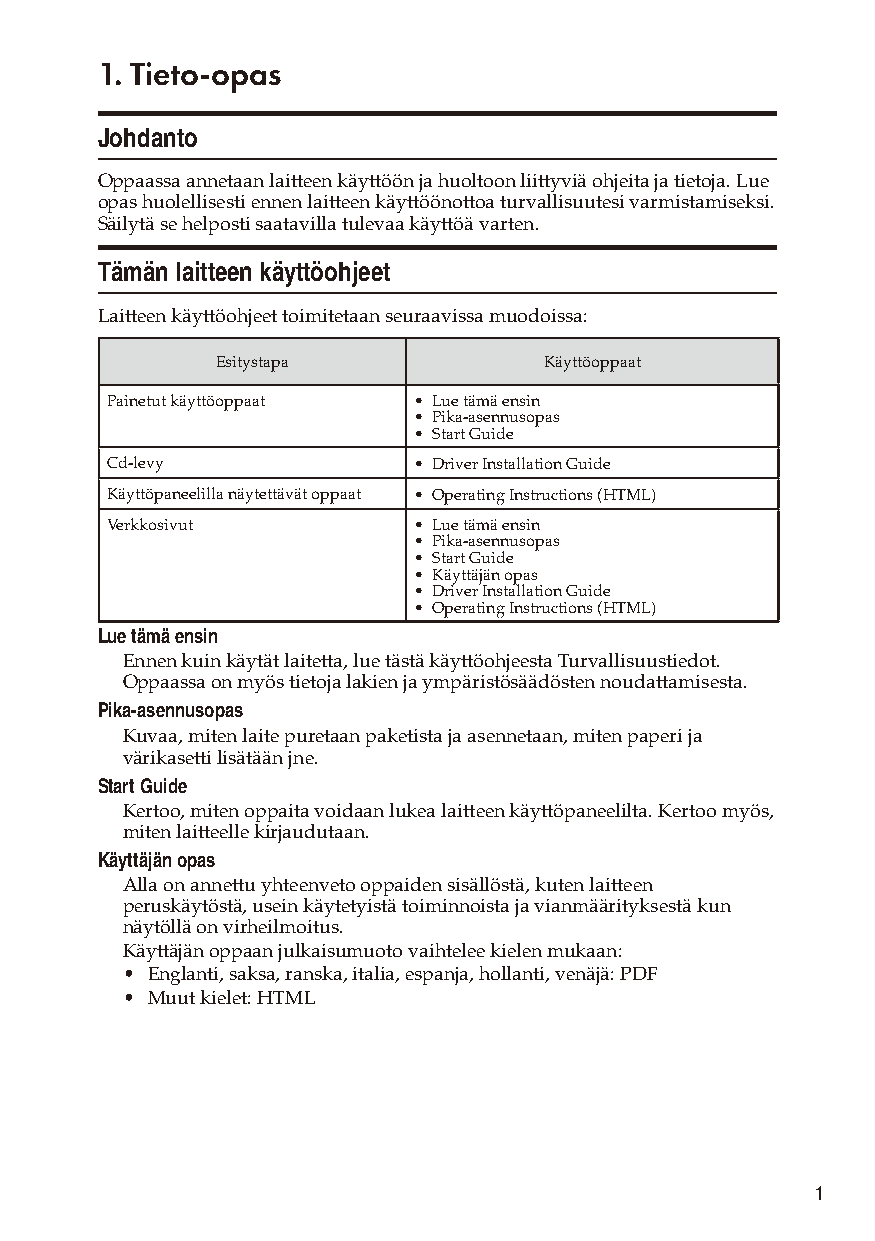
1. Tieto-opas
 Johdanto
 Oppaassa annetaan laitteen käyttöön ja huoltoon liittyviä ohjeita ja tietoja. Lue
 opas huolellisesti ennen laitteen käyttöönottoa turvallisuutesi varmistamiseksi.
 Säilytä se helposti saatavilla tulevaa käyttöä varten.
 Tämän laitteen käyttöohjeet
 Laitteen käyttöohjeet toimitetaan seuraavissa muodoissa:
 Esitystapa            Käyttöoppaat
 Painetut käyttöoppaat • Lue tämä ensin
 • Pika-asennusopas
 • Start Guide
 Cd-levy             • Driver Installation Guide
 Käyttöpaneelilla näytettävät oppaat • Operating Instructions (HTML)
 Verkkosivut         • Lue tämä ensin
 • Pika-asennusopas
 • Start Guide
 • Käyttäjän opas
 • Driver Installation Guide
 • Operating Instructions (HTML)
 Lue tämä ensin
 Ennen kuin käytät laitetta, lue tästä käyttöohjeesta Turvallisuustiedot.
 Oppaassa on myös tietoja lakien ja ympäristösäädösten noudattamisesta.
 Pika-asennusopas
 Kuvaa, miten laite puretaan paketista ja asennetaan, miten paperi ja
 värikasetti lisätään jne.
 Start Guide
 Kertoo, miten oppaita voidaan lukea laitteen käyttöpaneelilta. Kertoo myös,
 miten laitteelle kirjaudutaan.
 Käyttäjän opas
 Alla on annettu yhteenveto oppaiden sisällöstä, kuten laitteen
 peruskäytöstä, usein käytetyistä toiminnoista ja vianmäärityksestä kun
 näytöllä on virheilmoitus.
 Käyttäjän oppaan julkaisumuoto vaihtelee kielen mukaan:
 • Englanti, saksa, ranska, italia, espanja, hollanti, venäjä: PDF
 • Muut kielet: HTML
 1